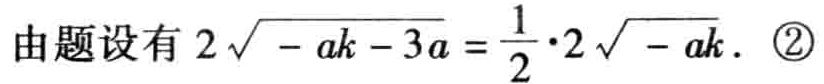
由题设有 \(2\sqrt{-ak - 3a}=\frac{1}{2}\cdot2\sqrt{-ak}\). \textcircled{2}